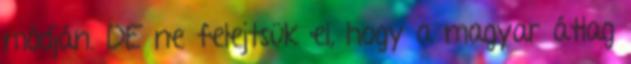
módján. DE ne felejtsük el, hogy a magyar átlag